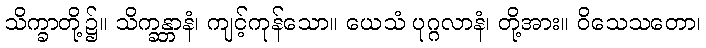
သိက္ခာတို့၌။ သိက္ခန္တာနံ၊ ကျင့်ကုန်သော။ ယေသံ ပုဂ္ဂလာနံ၊ တို့အား။ ဝိသေသတော၊